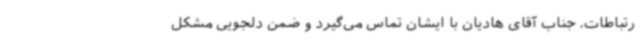
رتباطات، جناب آقای هادیان با ایشان تماس می‌گیرد و ضمن دلجویی مشکل